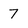
Character: 7